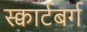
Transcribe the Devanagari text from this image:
स्क्वार्टबर्ग